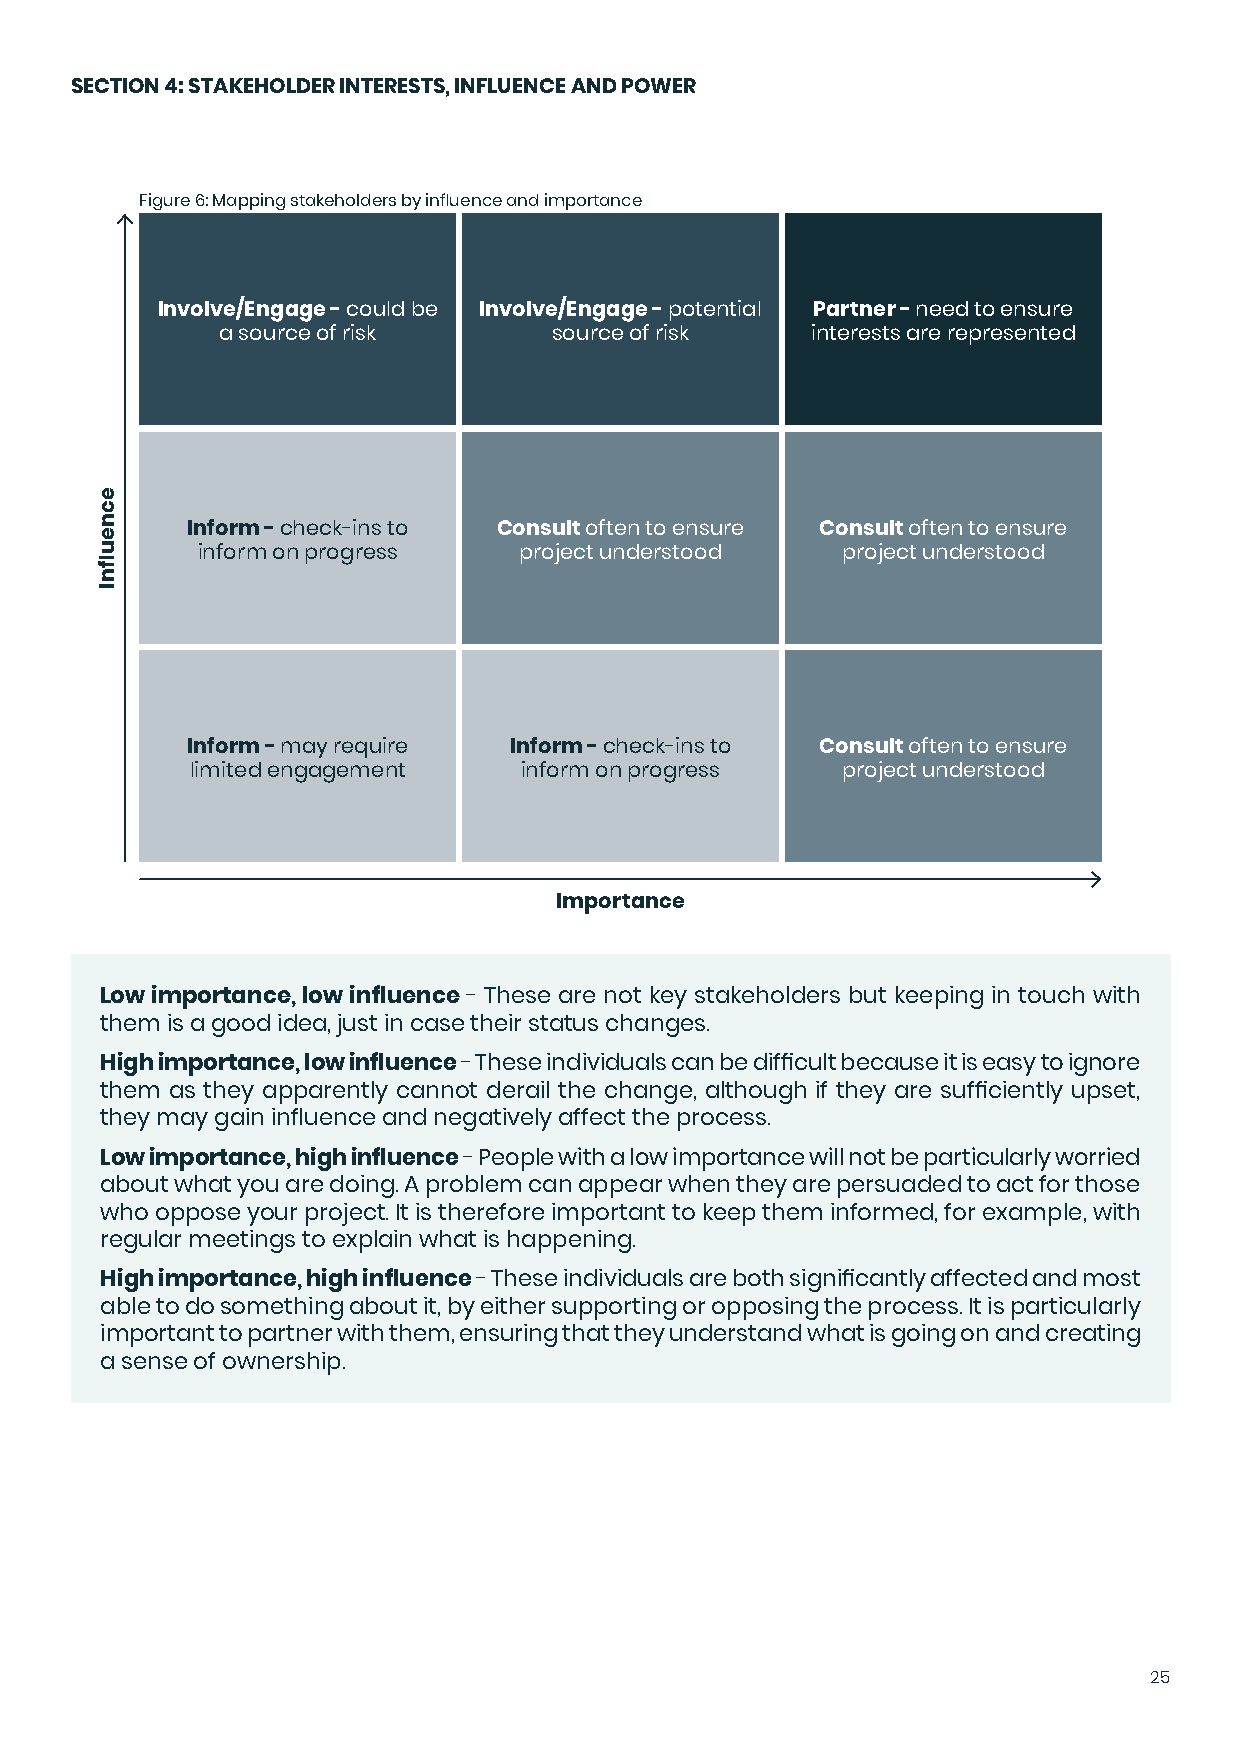
SECTION 4: STAKEHOLDER INTERESTS, INFLUENCE AND POWER
 Figure 6: Mapping stakeholders by influence and importance
 Involve/Engage - could be Involve/Engage - potential Partner - need to ensure
 a source of risk     source of risk    interests are represented
 Inform - check-ins to Consult often to ensure Consult often to ensure
 inform on progress   project understood    project understood
 Inform - may require  Inform - check-ins to Consult often to ensure
 limited engagement   inform on progress    project understood
 Importance
 Low importance, low influence - These are not key stakeholders but keeping in touch with
 them is a good idea, just in case their status changes.
 High importance, low influence - These individuals can be difficult because it is easy to ignore
 them as they apparently cannot derail the change, although if they are sufficiently upset,
 they may gain influence and negatively affect the process.
 Low importance, high influence - People with a low importance will not be particularly worried
 about what you are doing. A problem can appear when they are persuaded to act for those
 who oppose your project. It is therefore important to keep them informed, for example, with
 regular meetings to explain what is happening.
 High importance, high influence - These individuals are both significantly affected and most
 able to do something about it, by either supporting or opposing the process. It is particularly
 important to partner with them, ensuring that they understand what is going on and creating
 a sense of ownership.
 25
 ecneuflnI